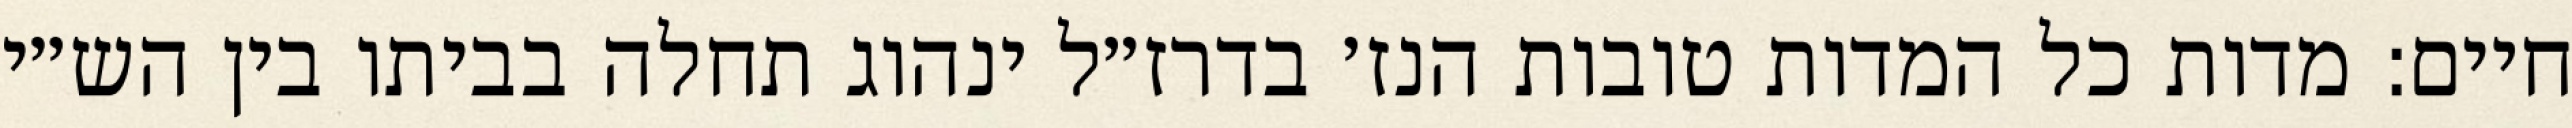
חיים: מדות כל המדות טובות הנז׳ בדרז״ל ינהוג תחלה בביתו בין הש״י